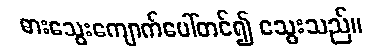
ဓားသွေးကျောက်ပေါ်တင်၍ သွေးသည်။